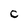
Character: c